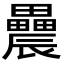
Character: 𨑌